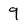
Character: 9